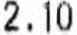
2.10